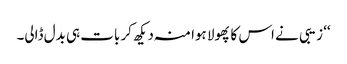
‘‘ زیبی نے اس کا پھولا ہوا منہ دیکھ کر بات ہی بدل ڈالی۔